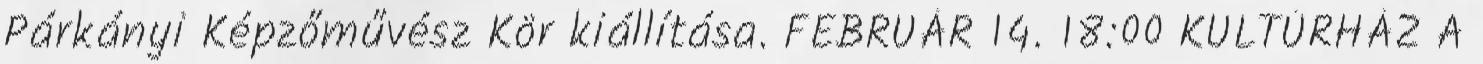
Párkányi Képzőművész Kör kiállítása. FEBRUÁR 14. 18:00 KULTÚRHÁZ A